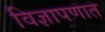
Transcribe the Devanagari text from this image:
विज्ञापणात